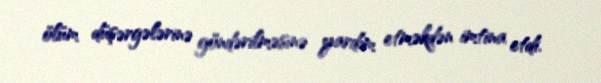
ölüm düşərgələrinə göndərilməsinə yardım etməkdən imtina etdi.